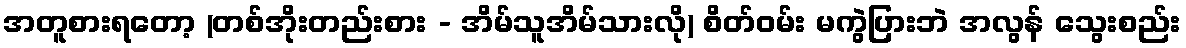
အတူစားရတော့ (တစ်အိုးတည်းစား - အိမ်သူအိမ်သားလို) စိတ်ဝမ်း မကွဲပြားဘဲ အလွန် သွေးစည်း